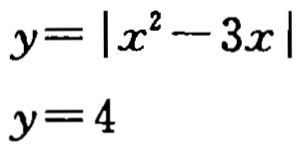
\[
y = \left| x^{2} - 3x \right| \\
y = 4
\]